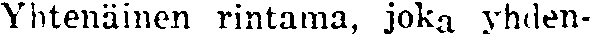
Yhtenäinen rintama, joka yhden-